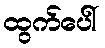
ထွက်ပေါ်